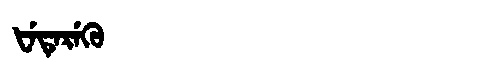
Manchu: ᡶᡝᡨᡝᡵᡝᡴᡠ
Romanization: FETEREKU